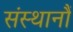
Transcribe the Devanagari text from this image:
संस्थानौं